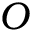
O